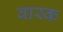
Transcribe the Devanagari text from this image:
वास्क